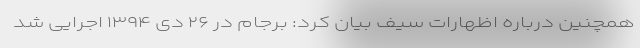
همچنین درباره اظهارات سیف بیان کرد: برجام در ۲۶ دی ۱۳۹۴ اجرایی شد